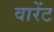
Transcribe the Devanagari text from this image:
वारेंट